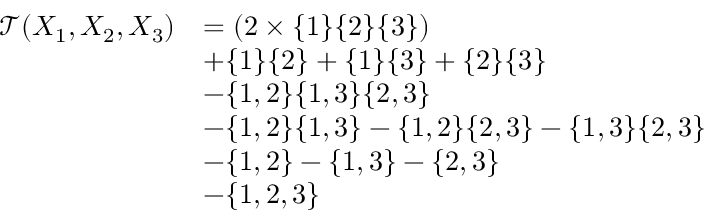
\begin{array} { r l } { \mathcal { T } ( X _ { 1 } , X _ { 2 } , X _ { 3 } ) } & { = ( 2 \times \{ 1 \} \{ 2 \} \{ 3 \} ) } \\ & { + \{ 1 \} \{ 2 \} + \{ 1 \} \{ 3 \} + \{ 2 \} \{ 3 \} } \\ & { - \{ 1 , 2 \} \{ 1 , 3 \} \{ 2 , 3 \} } \\ & { - \{ 1 , 2 \} \{ 1 , 3 \} - \{ 1 , 2 \} \{ 2 , 3 \} - \{ 1 , 3 \} \{ 2 , 3 \} } \\ & { - \{ 1 , 2 \} - \{ 1 , 3 \} - \{ 2 , 3 \} } \\ & { - \{ 1 , 2 , 3 \} } \end{array}